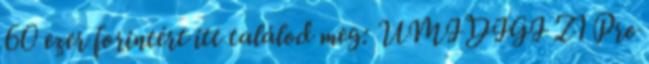
60 ezer forintért itt találod meg: UMIDIGI Z1 Pro